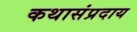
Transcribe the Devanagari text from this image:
कथासंप्रदाय